Annual statistical returns and brief notes on vaccination in Bengal - 1896-1909
Year: 1896
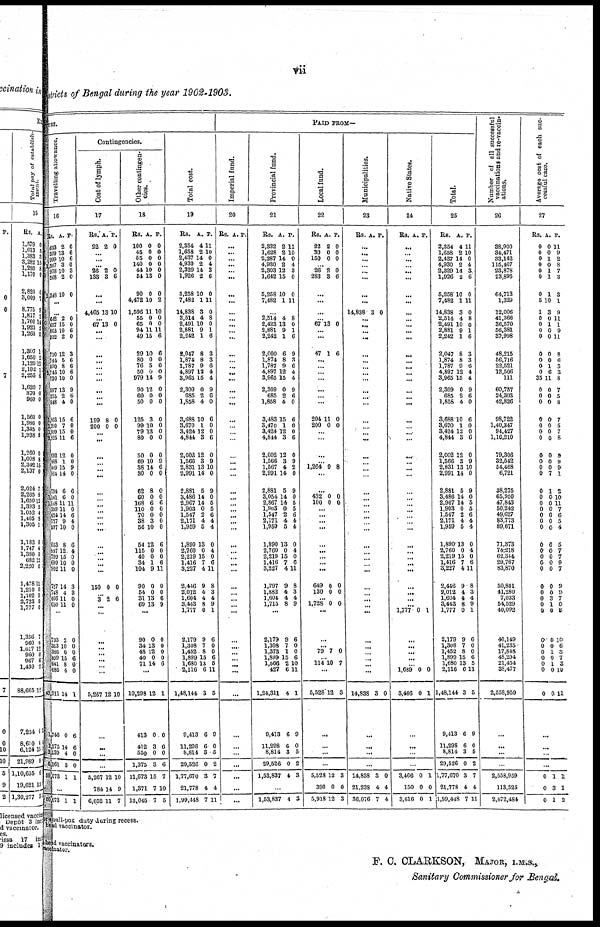
vii
Districts of Bengal during the year 1902-1903.
TURE.
Travelling allowance.
16
Rs.
653
599
999
1,507
978
568
2,348
A.
2
13
10
3
10
2
10
P.
6
6
6
0
3
0
0
...
...
542
657
863
932
710
744
590
3,745
730
597
255
848
1,803
1,390
1,939
8,825
692
488
449
824
504
1, 161
1,148
399
424
727
597
653
897
799
699
902
727
748
460
650
2
15
10
2
12
5
8
10
10
13
2
4
15
7
15
11
12
1
15
14
6
6
11
11
14
9
10
8
12
15
10
11
14
4
11
11
0
0
6
0
3
6
6
6
0
9
6
0
6
0
0
6
0
0
9
0
6
0
11
0
6
4
0
6
4
0 0 0
3
3
0
0
...
733
313
386
699
641
636
43,911
1,746
2,275
3,130
6,161
50,073
2
10
0
15
8
4
14
0
14
4
3
1
0
0
0
6
0
0
1
6
6
0
0
1
...
50,073 1 1
Contingencies.
Cost of lymph.
17
Rs.
22
A.
2
P.
0
...
... ...
26
133
2
3
0
6
...
...
4,465 13 10
... 67 13 0
... ...
...
...
...
... ...
...
... ...
199
200
8
0
0
0
... ...
...
...
... ...
...
...
... ...
...
...
...
...
... ... ...
...
150 0 0
... 3 2 6
...
...
...
...
...
... ...
...
5,267 12 10
...
...
...
...
5,267
784
6,052
12
14
11
10
9
7
Other contingen-
cies.
18
Rs.
100
45
55
140
44
54
90
4,472
1,596
55
65
94
49
29
80
76
50
979
90
60
50
125
99
79
80
50
69
38
80
62
60
168
110
70
38
56
54
115
40
34
104
90
54
31
69
A.
0
0
0
0
10
13
0
10
11
0
0
11
15
10
0
5
0
14
12
0
0
3
10
13
0
0
10
14
0
8
0
6
0
0
3
10
12
0
0
1
9
0
0
13
13
P.
0
0
0
0
0
0
0
2
10
0
0
11
6
6
0
0
0
9
0
0
0
0
0
0
0
0
9
6
0
0
0
6
0
0
0
0
6
0
0
6
11
0
0
6
9
...
90
34
48
40
71
0
13
12
0
14
0
0
0
0
6
...
10,298
413
412
550
1,375
11,673
1,371
13,045
12
0
3
0
3
15
7
7
1
0
6
0
6
7
10
5
Total cost.
19
Rs.
2,354
1,658
2,437
4,930
2,329
1,926
5,258
7,482
14,838
2,514
2,491
2,881
2,242
2,047
1,874
1,787
4,897
3,965
2,309
685
1,858
3,688
3,670
3,424
4,844
2,002
1,566
2,831
2,991
2,881
3,486
2,967
1,903
1,547
2,171
1,959
1,890
2,760
2,219
1,416
3,227
2,446
2,012
1,604
3,443
1,777
2,179
1,308
1,452
1,899
1,680
2,116
1,48,144
9,413
11,298
8,814
29,526
1,77,670
21,778
1,99,448
A.
4
2
14
2
14
2
10
1
3
4
10
9
1
8
8
9
12
15
0
2
4
10
1
12
3
12
3
13
14
5
14
14
0
2
4
5
13
0
15
7
4
9
4
4
8
0
9
7
8
15
13
6
3
6
6
3
0
3
4
7
P.
11
10
0
4
3
6
0
11
0
8
0
1
6
3
3
6
4
4
9
6
0
6
0
0
6
0
9
10
0
9
0
5
5
6
4
4
0
4
0
6
11
8
3
4
9
1
6
0
0
6
5
11
5
9
0
5
2
7
4
11
PAID FROM—
Imperial fund.
20
Rs. A. P.
...
...
...
...
...
...
...
...
...
...
... ...
...
...
...
...
...
...
...
...
...
...
...
... ...
...
...
...
...
...
...
...
...
...
... ...
...
...
... ... ...
...
... ...
...
...
...
...
...
... ......
...
...
...
...
...
...
...
...
...
Provincial fund.
21
Rs.
2,332
1,628
2,287
4,930
2,303
1,642
5,258
7,482
A.
2
2
14
2
12
15
10
1
P.
11
10
0
4
3
0
0
11
...
2,514
2,423
2,881
2,242
2,000
1,874
1,787
4,897
3,965
2,309
685
1,858
3,483
3,470
3,424
4,844
2,002
1,566
1,567
2,991
2,881
3,054
2,867
1,903
1,547
2,171
1,959
1,890
2,760
2,219
1,416
3,227
1,797
1,882
1,604
1,715
4
13
9
1
6
8
9
12
15
0
2
4
15
1
12
3
12
3
4
14
5
14
14
0
2
4
5
13
0
15
7
4
9
4
4
8
8
0
1
6
9
3
6
4
4
9
6
0
6
0
0
6
0
9
2
0
9
0
5
5
6
4
4
0
4
0
6
11
8
3
4
9
...
2,179
1,308
1,373
1,899
1,566
427
1,24,311
9,413
11,298
8,814
29,526
1,53,837
9
7
1
15
2
6
4
6
0
3
0
4
6
0
0
6
10
11
1
9
0
5
2
3
...
1,53,837 4 3
Local fund.
22
Rs.
22
30
150
A.
2
0
0
P.
0
0
0
... 26
283
2
3
0
6
...
...
...
... 67 13 0
...
...
47 1 6
...
...
...
...
...
...
...
204
200
11
0
0
0
...
...
...
...
1,264 9 8
...
...
432
100
0
0
0
0
... ...
...
...
...
...
...
... ...
649
130
0
0
0
0
... 1,728 0 0
...
...
...
79 7 0
... 114 10 7
...
6,528 12 3
...
...
...
...
5,523
390
5,918
12
0
12
3
0
3
Municipalities.
23
Rs. A. P.
...
... ...
... ...
...
...
11
14,838 3 0
... ...
...
...
...
...
...
... 111
...
...
...
...
...
... ...
...
...
...
...
...
...
... ...
...
...
...
...
...
... ...
...
...
... ...
...
...
...
...
...
... ...
...
14,838 3 0
...
...
...
...
14,838
21,238
36,076
3
4
7
0
4
4
Native States.
24
Rs. A. P.
...
...
...
... ...
...
...
...
... ...
...
...
...
... ...
... ...
...
... ...
...
...
... ...
...
... ...
...
...
... ...
...
...
... ...
...
...
... ... ...
...
... ... ...
1,777 0 1
...
...
...
...
... 1,689
3,466
0
0
0
1
...
...
...
...
3,466
150
3,616
0
0
0
1
0
1
Total.
25
Rs.
2,354
1,658
2,437
4,930
2,329
1,926
5,258
7,482
14,838
2,514
2,491
2,881
2,242
2,047
1,874
1,787
4,897
3,965
2,309
685
1,858
3,688
3,670
3,424
4,844
2,002
1,566
2,831
2,991
2,881
3,486
2,967
1,903
1,547
2,171
1,959
1,890
2,760
2,219
1,416
3,227
2,446
9,012
1,604
3,443
1,777
2,179
1,308
1,452
1,899
1,680
2,116
1,48,144
9,413
11,298
8,814
29,526
1,77,670
21,778
1,99,448
A.
4
2
14
2
14
2
10
1
3
4
10
9
1
8
8
9
12
15
0
2
4
10
1
12
3
12
3
13
14
5
14
14
0
2
4
5
13
0
15
7
4
9
4
4
8
0
9
7
8
15
13
6
3
6
6
3
0
3
4
7
P.
11
10
0
4
3
6
0
11
0
8
0
1
6
3
3
6
4
4
9
6
0
6
0
0
6
0
9
10
0
9
0
5
5
6
4
4
0
4
0
6
11
8
3
4
9
1
6
0
0
6
5
11
5
9
0
5
2
7
4
11
Number of all successful
vaccinations and re-vaccin-
ations.
26
38,900
34,471
33,142
115,467
23,878
23,895
64,713
1,329
12,006
41,366
36,570
56,381
37,998
48,215
56,716
22,521
12,506
111
60,757
24,303
42,826
98,722
1,40,347
94,427
1,16,210
79,306
32,542
54,468
6,721
38,275
65,950 47,843
50,242
49,627
83,773
89,671
71,373
74,218
62,344
29,767
83,870
50,801
41,280
7,033
54,529
40,092
40,149
41,235
17,848
48,294
21,454
38,477
2,558,959
...
...
...
...
2,558,959
113,525
2,672,484
Average cost of each suc-
cessful case.
27
Rs.
0
0
0
0
0
0
0
5
1
0
0
0
0
0
0
0
0
35
0
0
0
0
0
0
0
0
0
0
0
0
0
0
0
0
0
0
0
0
0
6 0
0
0
0
0
0
0
0
0
0
0
0
0
A.
0
0
1
0
1
1
1
10
3
0
1
0
0
0
0
1
6
11
0
0
0
0
0
0
0
0
0
0
7
1
0
0
0
0
0
0
0
0
0
0
0
0
0
3
1
0
0
0
1
0
1
0
0
p.
11
9
2
8
7
3
3
1
9
11
1
9
11
8
6
3
3
8
7
5
8
7
5
7 8
5
9
9 1
2
10
11
7
6
5
4
5
7
7
9
7
9
9
7
0
8
10
6
3
7
3
10
11
...
...
...
...
0
0
0
1
3
1
1
1
2
r small-pox duty during recess.
head vaccinator.
head vaccinators.
vaccinator.
F. C. CLARKSON, MAJOR, I.M.S.,
Sanitary Commissioner for Bengal.